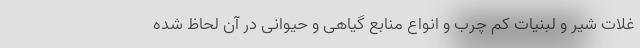
غلات شیر و لبنیات کم چرب و انواع منابع گیاهی و حیوانی در آن لحاظ شده